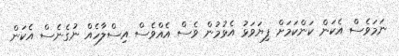
ނަމަވެސް އެކަން ކަންކަމަށް ފިޔަވަޅު އެޅުމުން ވެސް އެއްވެސް އިސްލާހެއް ނުގެނެސް އެކަން